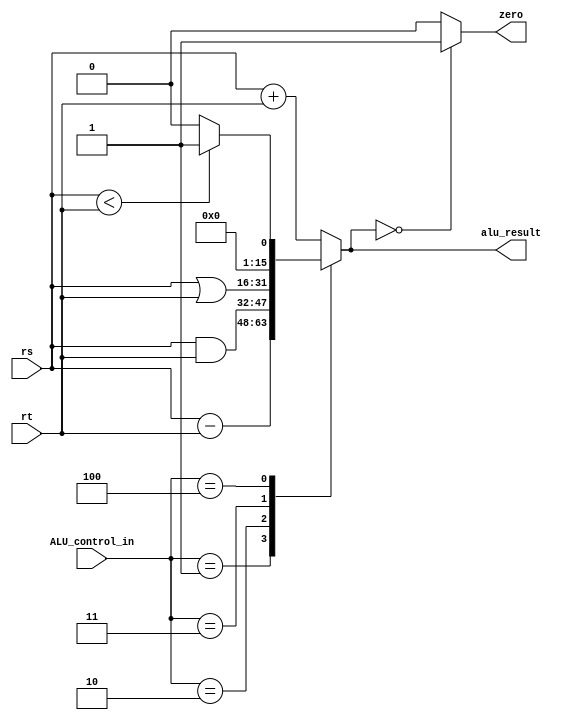
`timescale 1ns / 1ps
//////////////////////////////////////////////////////////////////////////////////
// Company: 
// Engineer: 
// 
// Design Name: 
// Module Name: ALU
// Project Name: 
// Target Devices: 
// Tool Versions: 
// Description: 
// 
// Dependencies: 
// 
// Revision:
// Revision 0.01 - File Created
// Additional Comments:
// 
//////////////////////////////////////////////////////////////////////////////////


module ALU(
input [2:0] ALU_control_in, input [15:0] rs, // source 1
input [15:0] rt, // source 2
output reg [15:0] alu_result, // 
output zero
    );
    always @(*)
    begin
    case(ALU_control_in)
    3'b000: alu_result = rs + rt;
    3'b001: alu_result = rs - rt;
    3'b010: alu_result = rs & rt;
    3'b011: alu_result = rs | rt;
    3'b100: 
    begin
    alu_result = (rs < rt) ? 16'd1 : 16'd0;
    end
    default: alu_result = rs + rt;
    endcase
    end
    
    assign zero = (alu_result == 16'b0) ? 1'b1 : 1'b0;
endmodule